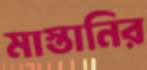
মাস্তানির